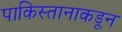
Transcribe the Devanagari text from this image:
पाकिस्तानाकडून